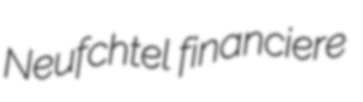
Neufchtel financiere